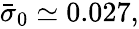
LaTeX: \begin{array}{r}{\bar{\sigma}_{0}\simeq 0.027,}\end{array}